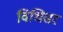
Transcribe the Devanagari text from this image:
विधिसर